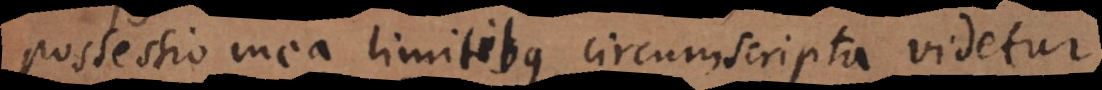
possessio mea limitibus circumscripta videtur,